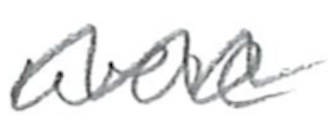
Text: were
Cross-out: wave
Writing tool: pencil